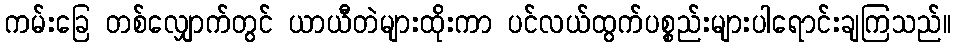
ကမ်းခြေ တစ်လျှောက်တွင် ယာယီတဲများထိုးကာ ပင်လယ်ထွက်ပစ္စည်းများပါရောင်းချကြသည်။